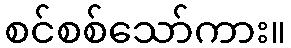
စင်စစ်သော်ကား။